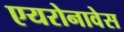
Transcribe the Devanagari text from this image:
एयरोनावेस